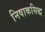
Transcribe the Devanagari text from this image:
निषाकसिद्ध